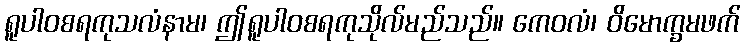
ရူပါဝစရကုသလံနာမ၊ ဤရူပါဝစရကုသိုလ်မည်သည်။ ကေဝလံ၊ ဝိမောက္ခမဖက်